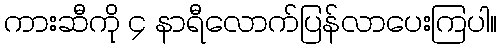
ကားဆီကို ၄ နာရီလောက်ပြန်လာပေးကြပါ။